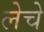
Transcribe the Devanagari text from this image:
लेचे